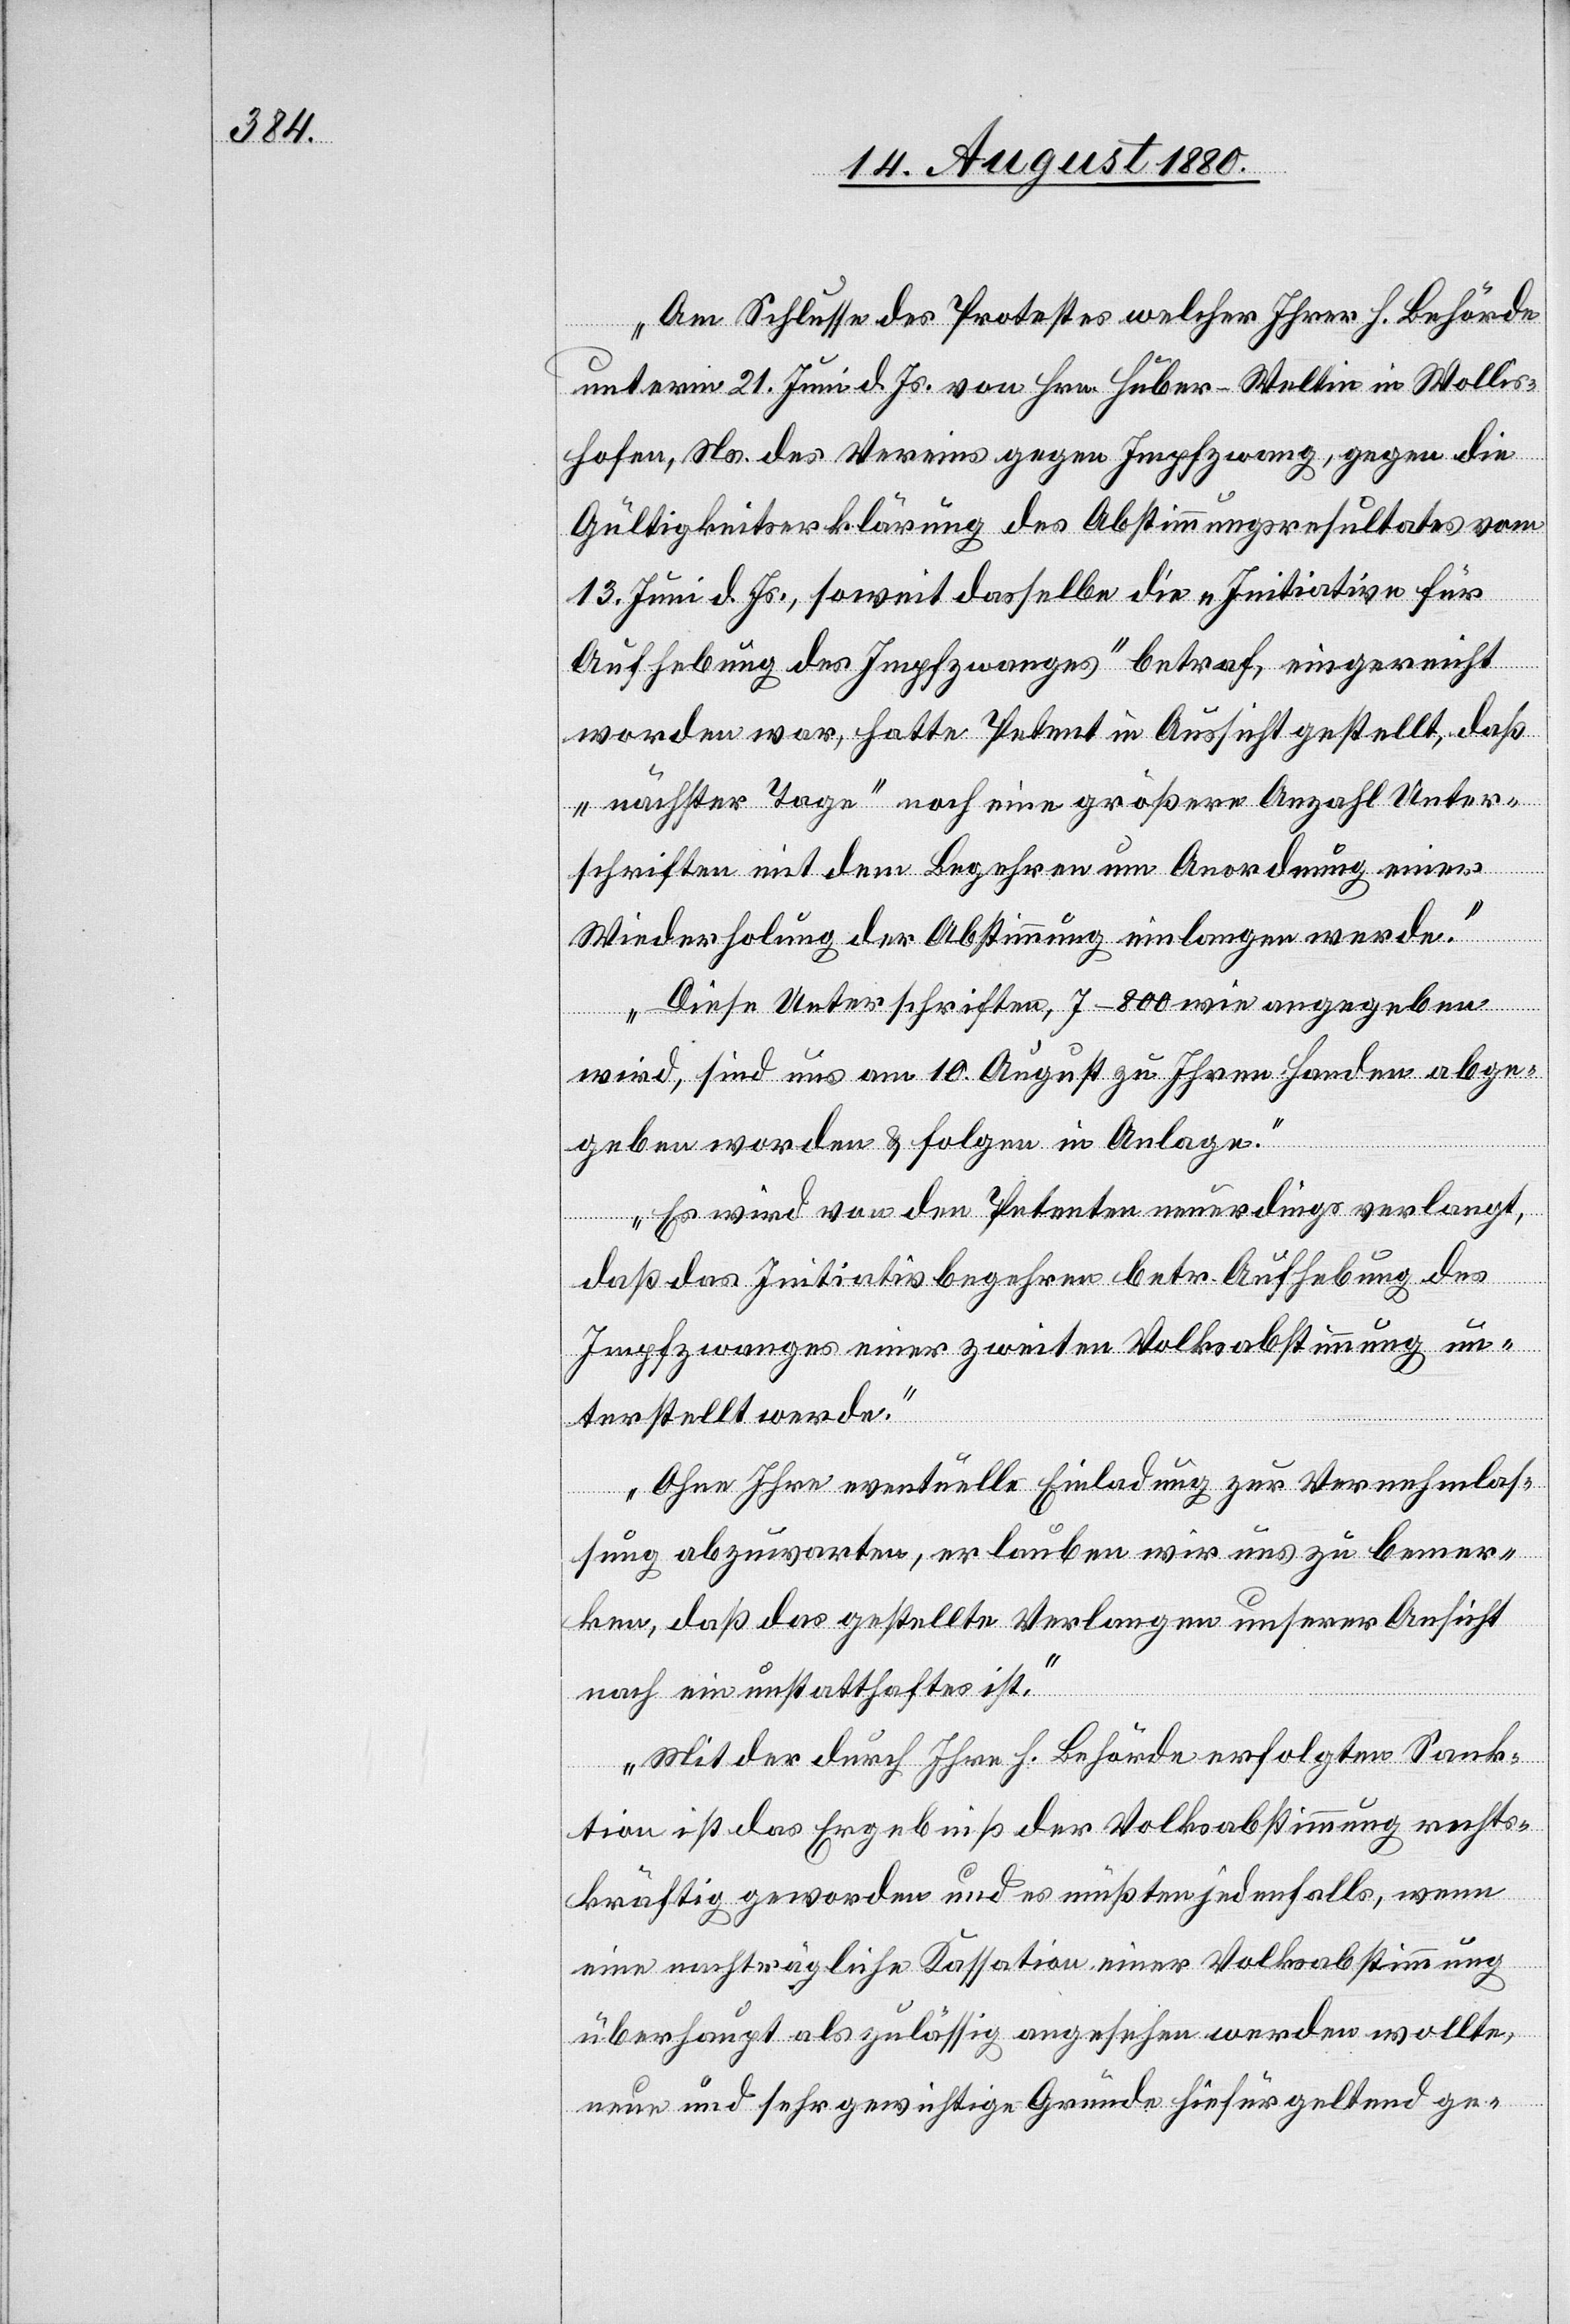
„Am Schlusse des Protokolls welcher Ihrer h. Behörde
unterm 21. Juni d. Js. von Hrn. Huber-Weltin Wollis¬
hofen, Ns. des Vereins gegen Impfzwang, gegen die
Gültigkeitserklärung des Abstimmungsresultates vom
13. Juni d. Js., soweit dasselbe die „Initiative für
Aufhebung des Impfzwanges“ betraf, eingereicht
worden war, hatte Petent in Aussicht gestellt, daß
„nächster Tage“ noch eine größere Anzahl Unter¬
schriften mit dem Begehren um Anordnung einer
Wiederholung der Abstimmung einlangen werde.
Diese Unterschriften, 7–800 wie angegeben
wird, sind uns am 10. August zu Ihren Handen abge¬
geben worden & folgen in Anlage.
Es wird von den Petenten neuerdings verlangt,
daß das Initiativbegehren betr. Aufhebung des
Impfzwanges einer zweiten Volksabstimmung un¬
terstellt werde.
Ohne Ihre eventuelle Einladung zur Vernehmlas¬
sung abzuwarten, erlauben wir uns zu bemer¬
ken, daß das gestellte Verlangen unserer Ansicht
nach ein unstatthaftes ist.
Mit der durch Ihre h. Behörde erfolgten Sank¬
tionen ist das Ergebniß der Volksabstimmung rechts¬
kräftig geworden und es mußten jedenfalls, wenn
eine nachträgliche Kassation einer Volksabstimmung
überhaupt als zulässig angesehen werden wollte,
neue und sehr gewichtige Gründe hiefür geltend ge-